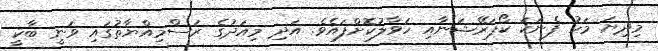
މިިދިޔަ މަހު ފެނަކަ ކޯޕަރޭޝަނާއި ހަވާލުކޮށްފައެވެ. އަދި މިއަދުގެ ރަސްމިއްޔާތުގައި ވަނީ ބާކީ